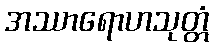
အဿာရောဟသုတ္တံ